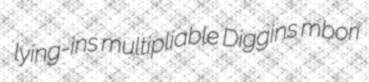
lying-ins multipliable Diggins mbori